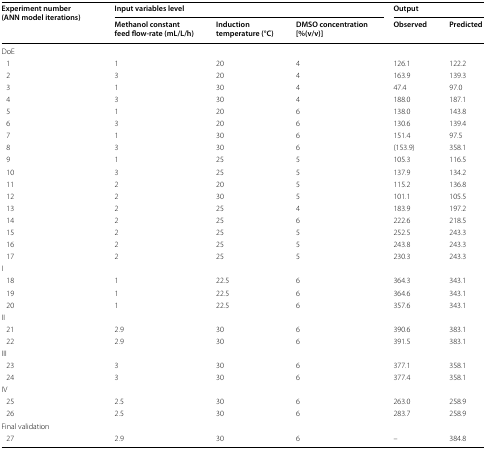
<table><thead><tr><td rowspan="2"><b>Experiment number (ANN model iterations)</b></td><td colspan="3"><b>Input variables level</b></td><td colspan="2"><b>Output</b></td></tr><tr><td><b>Methanol constant feed flow-rate (mL/L/h)</b></td><td><b>Induction temperature (°C)</b></td><td><b>DMSO concentration [%(v/v)]</b></td><td><b>Observed</b></td><td><b>Predicted</b></td></tr></thead><tbody><tr><td colspan="6">DoE</td></tr><tr><td> 1</td><td>1</td><td>20</td><td>4</td><td>126.1</td><td>122.2</td></tr><tr><td> 2</td><td>3</td><td>20</td><td>4</td><td>163.9</td><td>139.3</td></tr><tr><td> 3</td><td>1</td><td>30</td><td>4</td><td>47.4</td><td>97.0</td></tr><tr><td> 4</td><td>3</td><td>30</td><td>4</td><td>188.0</td><td>187.1</td></tr><tr><td> 5</td><td>1</td><td>20</td><td>6</td><td>138.0</td><td>143.8</td></tr><tr><td> 6</td><td>3</td><td>20</td><td>6</td><td>130.6</td><td>139.4</td></tr><tr><td> 7</td><td>1</td><td>30</td><td>6</td><td>151.4</td><td>97.5</td></tr><tr><td> 8</td><td>3</td><td>30</td><td>6</td><td>(153.9)</td><td>358.1</td></tr><tr><td> 9</td><td>1</td><td>25</td><td>5</td><td>105.3</td><td>116.5</td></tr><tr><td> 10</td><td>3</td><td>25</td><td>5</td><td>137.9</td><td>134.2</td></tr><tr><td> 11</td><td>2</td><td>20</td><td>5</td><td>115.2</td><td>136.8</td></tr><tr><td> 12</td><td>2</td><td>30</td><td>5</td><td>101.1</td><td>105.5</td></tr><tr><td> 13</td><td>2</td><td>25</td><td>4</td><td>183.9</td><td>197.2</td></tr><tr><td> 14</td><td>2</td><td>25</td><td>6</td><td>222.6</td><td>218.5</td></tr><tr><td> 15</td><td>2</td><td>25</td><td>5</td><td>252.5</td><td>243.3</td></tr><tr><td> 16</td><td>2</td><td>25</td><td>5</td><td>243.8</td><td>243.3</td></tr><tr><td> 17</td><td>2</td><td>25</td><td>5</td><td>230.3</td><td>243.3</td></tr><tr><td colspan="6">I</td></tr><tr><td> 18</td><td>1</td><td>22.5</td><td>6</td><td>364.3</td><td>343.1</td></tr><tr><td> 19</td><td>1</td><td>22.5</td><td>6</td><td>364.6</td><td>343.1</td></tr><tr><td> 20</td><td>1</td><td>22.5</td><td>6</td><td>357.6</td><td>343.1</td></tr><tr><td colspan="6">II</td></tr><tr><td> 21</td><td>2.9</td><td>30</td><td>6</td><td>390.6</td><td>383.1</td></tr><tr><td> 22</td><td>2.9</td><td>30</td><td>6</td><td>391.5</td><td>383.1</td></tr><tr><td colspan="6">III</td></tr><tr><td> 23</td><td>3</td><td>30</td><td>6</td><td>377.1</td><td>358.1</td></tr><tr><td> 24</td><td>3</td><td>30</td><td>6</td><td>377.4</td><td>358.1</td></tr><tr><td colspan="6">IV</td></tr><tr><td> 25</td><td>2.5</td><td>30</td><td>6</td><td>263.0</td><td>258.9</td></tr><tr><td> 26</td><td>2.5</td><td>30</td><td>6</td><td>283.7</td><td>258.9</td></tr><tr><td colspan="6">Final validation</td></tr><tr><td> 27</td><td>2.9</td><td>30</td><td>6</td><td>–</td><td>384.8</td></tr></tbody></table>